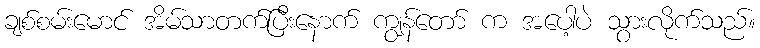
ချစ်စမ်းမောင် အိမ်သာတက်ပြီးနောက် ကျွန်တော် က အပေါ့ပဲ သွားလိုက်သည်။